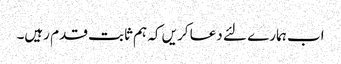
اب ہمارے لئے دعا کریں کہ ہم ثابت قدم رہیں۔